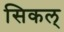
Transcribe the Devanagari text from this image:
सिकल्